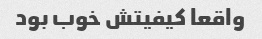
واقعا کیفیتش خوب بود